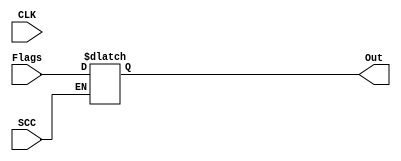
//=======================================================
//  MODULE Definition
//=======================================================
module PSR #(parameter DATAWIDTH_BUS=32)
(
	//////////// INPUTS //////////
	// General In	
	CLK,
	// Flags In
	Flags,
	// Conditions In
	SCC,
	//////////// OUTPUTS //////////
	// Flags Out
	Out
);
//=======================================================
//  PARAMETER declarations
//=======================================================

//=======================================================
//  PORT declarations
//=======================================================
	input					CLK;
	input					SCC;
	input			[3:0] Flags;//Negative, Zero, Overflow, Carry
	output reg	[3:0] Out;
	initial				Out = 4'b0;
//=======================================================
//  REG/WIRE declarations
//=======================================================

//=======================================================
//  Structural coding
//=======================================================
//OUTPUT LOGIC: COMBINATIONAL
	always@(*)
		begin
			if(SCC)
				Out = Flags;
		end


endmodule